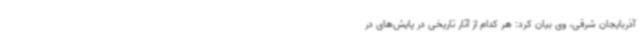
آذربایجان شرقی، وی بیان کرد: هر کدام از آثار تاریخی در پایش‌های در